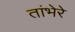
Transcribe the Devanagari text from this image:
तांभेरे